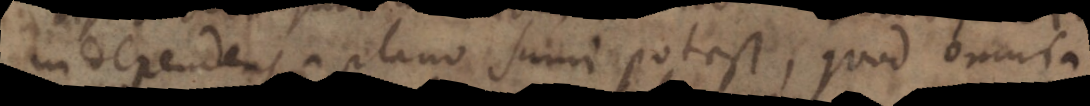
independens a plano sumi potest, quod oumta